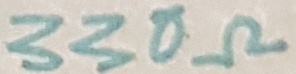
Text: 330Ω